Leaving Certificate Examination, 1924
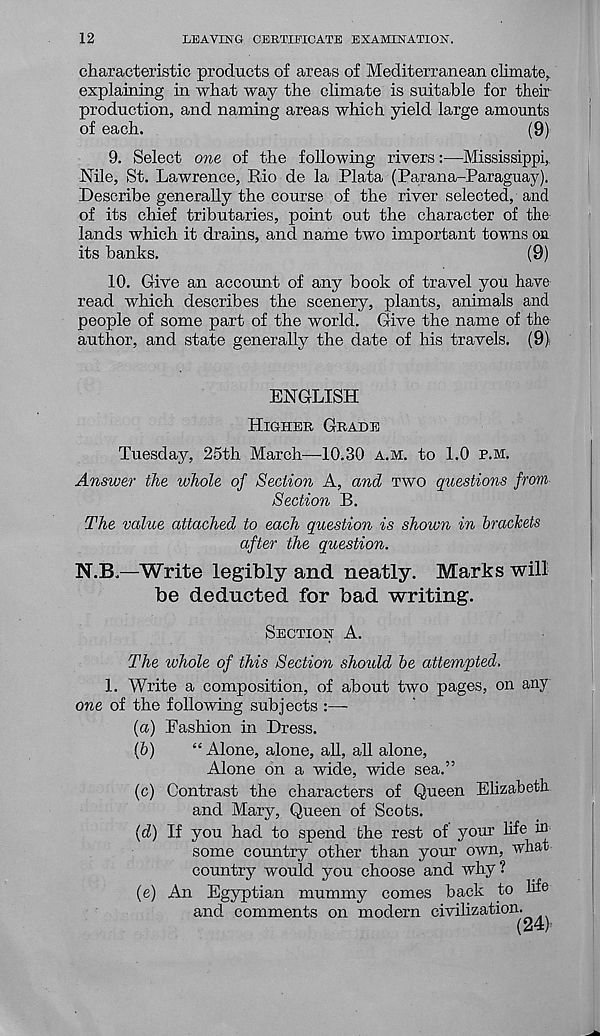
12
LEAVING CERTIFICATE EXAMINATION.
characteristic products of areas of Mediterranean climate,,
explaining in what way the climate is suitable for their
production, and naming areas which yield large amounts
of each.
(9)
9. Select one of the following rivers:—Mississippi,
Nile, St. Lawrence, Rio de la Plata (Parana-Paraguay).
Describe generally the course of the river selected, and
of its chief tributaries, point out the character of the
lands which it drains, and name two important towns on
its banks.
(9)
10. Give an account of any book of travel you have
read which describes the scenery, plants, animals and
people of some part of the world. Give the name of the
author, and state generally the date of his travels. (9)
ENGLISH
HIGHER GRADE
Tuesday, 25th March—10.30 A.M. to 1.0 P.M.
Answer the whole of Section A, and TWO questions from
Section B.
The value attached to each question is shoivn in brackets
after the question.
N.B.—Write legibly and neatly. Marks will
be deducted for bad writing.
SECTION A.
The whole of this Section should be attempted,
1. Write a composition, of about two pages, on any
one of the following subjects :—-
(а) Fashion in Dress.
(б)
“ Alone, alone, all, all alone,
Alone on a wide, wide sea.”
(c) Contrast the characters of Queen Elizabeth
and Mary, Queen of Scots.
\d) If you had to spend the rest of your life in
some country other than your own, what
country would you choose and why ?
(e) An Egyptian mummy comes back to life
and comments on modern civilization.
(24)